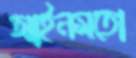
আইনমতো